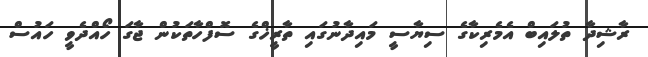
ރާޝިދާ ތުލައިބް އެމެރިކާގެ ސިޔާސީ މައިދާނުގައި ތާރީޚްގެ ސޮފްހާތަކުން ޖާގަ ހޯއްދެވީ ހައުސް